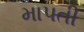
માપતી